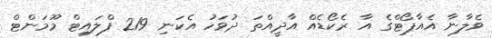
ވެލާނާ އެއާޕޯޓްގެ އާ ރެކޯޑެއް އާދީއްތަ ދުވަހު އެކަނި 219 ފްލައިޓް މޫމަންޓް